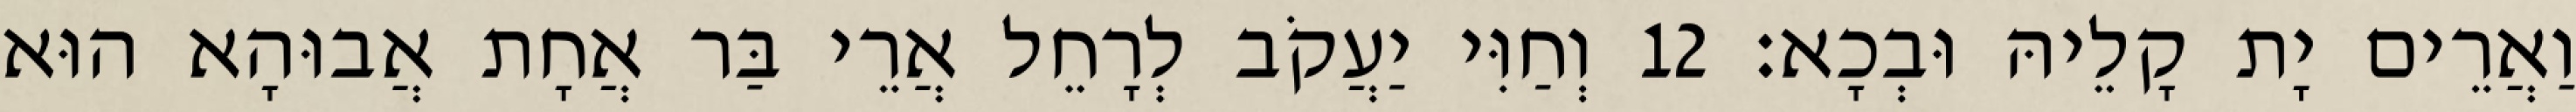
וַאֲרֵים יָת קָלֵיהּ וּבְכָא׃ 12 וְחַוִּי יַעֲקֹב לְרָחֵל אֲרֵי בַּר אֲחָת אֲבוּהָא הוּא